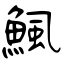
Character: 鯴